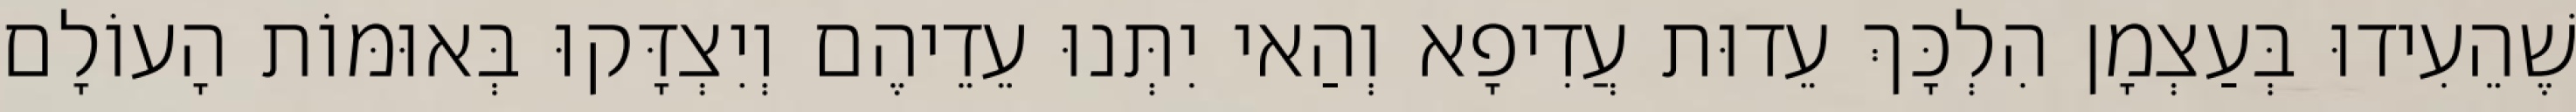
שֶׁהֵעִידוּ בְּעַצְמָן הִלְכָּךְ עֵדוּת עֲדִיפָא וְהַאי יִתְּנוּ עֵדֵיהֶם וְיִצְדָּקוּ בְּאוּמּוֹת הָעוֹלָם